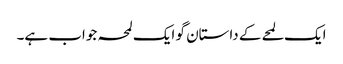
ایک لمحے کے داستان گو ایک لمحہ جواب ہے۔